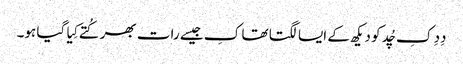
دِدِ کِ چُد کو دیکھ کے ایسا لگتا تھا کِ جیسے رات بھر کُتے کِیا گیا ہو۔